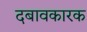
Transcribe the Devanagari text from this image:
दबावकारक